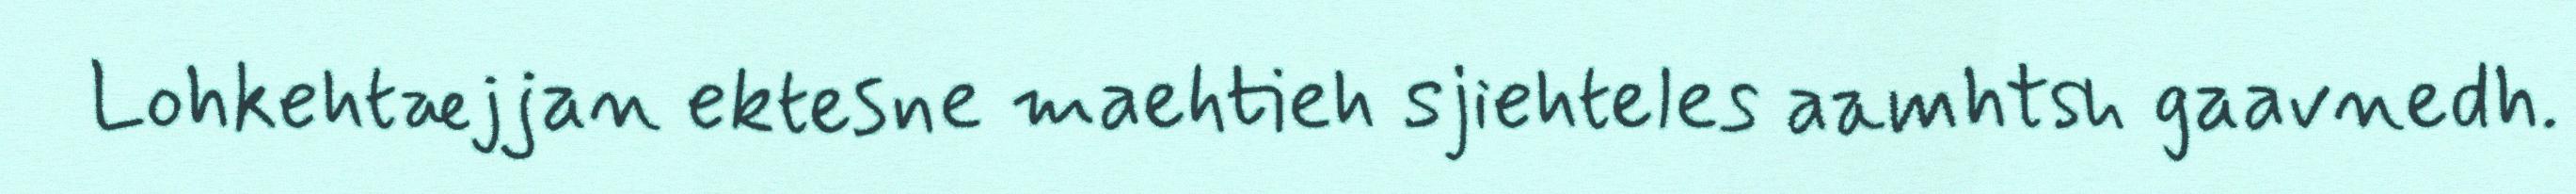
Lohkehtæjjan ektesne maehtieh sjiehteles aamhtsh gaavnedh.